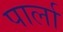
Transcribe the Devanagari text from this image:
पार्ला